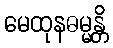
မေထုနဓမ္မန္တိ